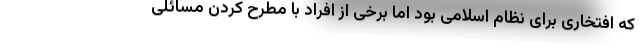
که افتخاری برای نظام اسلامی بود اما برخی از افراد با مطرح کردن مسائلی